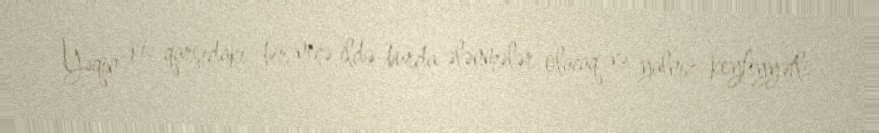
Yəqin ki, qarşıdakı bir neçə ildə burda ələnmələr olacaq və yalnız keyfiyyətli